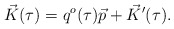
\begin{align*}\vec{K}(\tau)=q^o(\tau)\vec{p}+\vec{K}'(\tau). \end{align*}